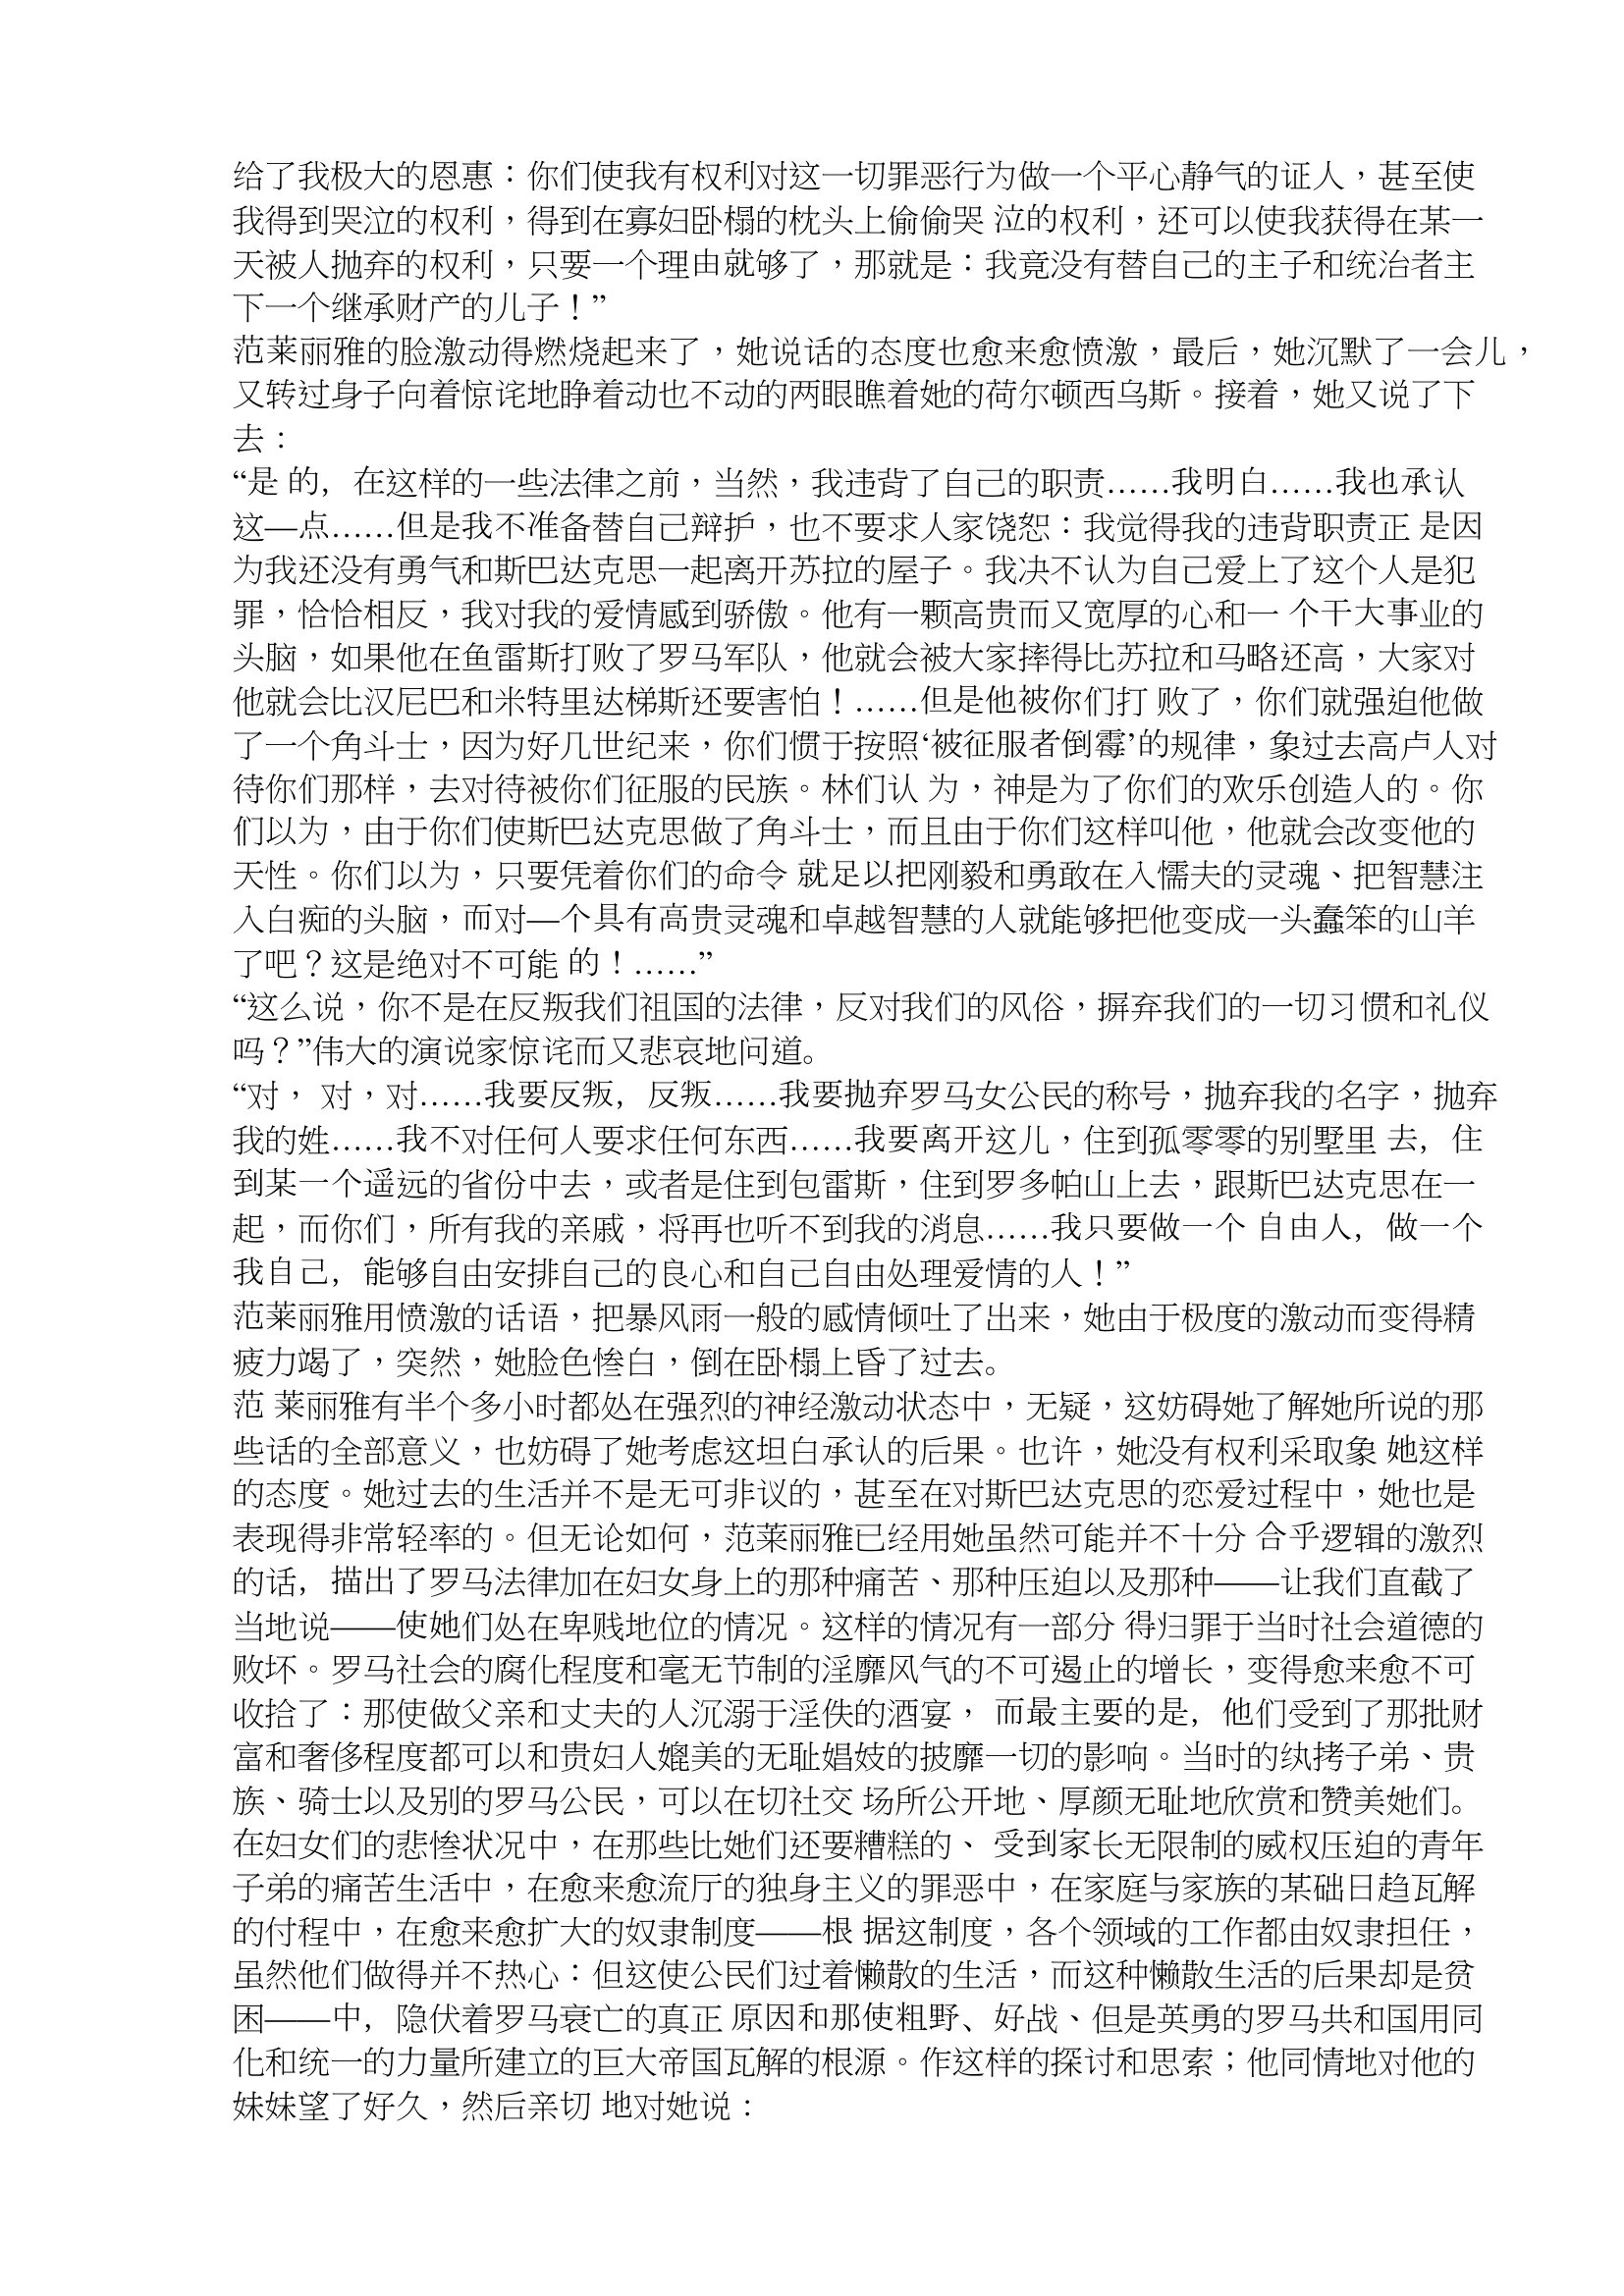
Language: zh